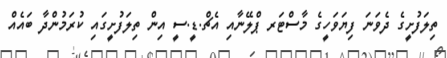
ތިލަފުށީގެ ދެވަނަ ފިޔަވަހީގެ މާސްޓަރ ޕްލޭނާއި އެޗް.ޑީ.ސީ އިން ތިލަފުށީގައި ކުރަމުންދާ ބައެއް